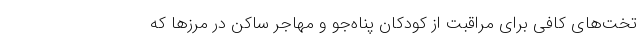
تخت‌های کافی برای مراقبت از کودکان پناه‌جو و مهاجر ساکن در مرزها که